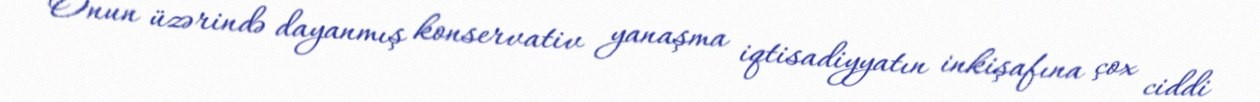
Onun üzərində dayanmış konservativ yanaşma iqtisadiyyatın inkişafına çox ciddi